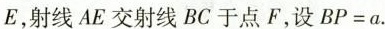
E，射线AE交射线BC于点F，设$$B P = a$$.